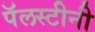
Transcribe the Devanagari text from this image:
पॅलस्टीनी